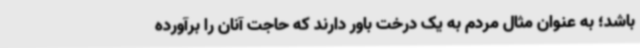
باشد؛ به عنوان مثال مردم به یک درخت باور دارند که حاجت آنان را برآورده